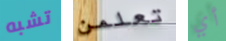
تشبه تعلمن أي